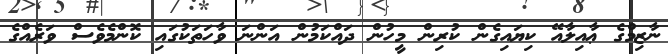
ނާޒިމްގެ ޢާއިލާއޭ ކިޔައިގެން ކުރިން މީހުން ދައްކަމުން އަންނަ ވާހަތަކުގައި ކޮންމެވެސް ވަރެއްގެ